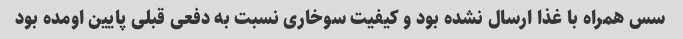
سس همراه با غذا ارسال نشده بود و کیفیت سوخاری نسبت به دفعی قبلی پایین اومده بود